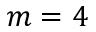
m = 4